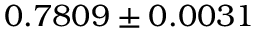
0 . 7 8 0 9 \pm 0 . 0 0 3 1